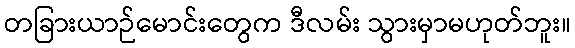
တခြားယာဉ်မောင်းတွေက ဒီလမ်း သွားမှာမဟုတ်ဘူး။